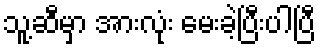
သူ့ဆီမှာ အားလုံး မေးခဲ့ပြီးပါပြီ